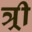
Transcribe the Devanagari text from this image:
त्र्री